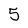
Character: 5